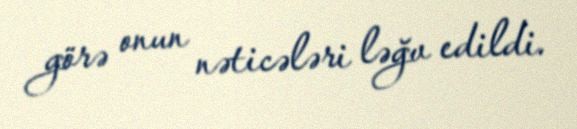
görə onun nəticələri ləğv edildi.